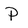
Character: P